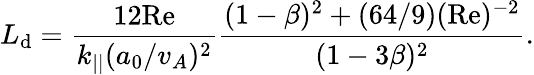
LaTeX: L_{\mathrm{d}}=\frac{{12\mathrm{{Re}}}}{{k_{||}(a_{0}/v_{A})^{2}}}\frac{{(1-\beta)^{2}+(64/9)(\mathrm{{Re}})^{-2}}}{{(1-3\beta)^{2}}}.